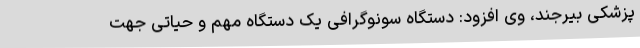
پزشکی بیرجند، وی افزود: دستگاه سونوگرافی یک دستگاه مهم و حیاتی جهت